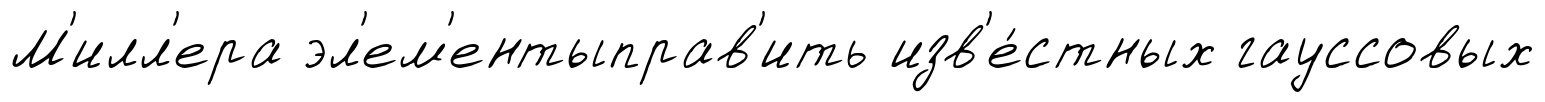
М'илл'ера эл'ем'ентыправ'ить изв'е́стных гауссовых